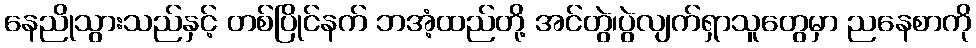
နေညိုသွားသည်နှင့် တစ်ပြိုင်နက် ဘအံ့ထည်တို့ အင်တွဲ၊ပွဲလျက်ရှာသူတွေမှာ ညနေစာကို